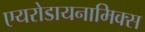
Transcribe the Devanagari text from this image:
एयरोडायनामिक्स